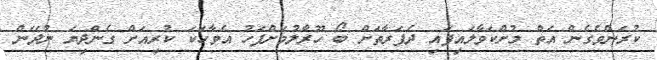
ކުރަންވެގެން އަތް މުށްކަވާލައިފައި ދެފަރާތަށް ބޯ ހޫރާލުމަށްފަހު އެވާހަކަ ކުރިއަށް ގެންދިޔަ ނުދޭން